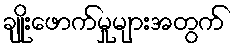
ချိုးဖောက်မှုများအတွက်